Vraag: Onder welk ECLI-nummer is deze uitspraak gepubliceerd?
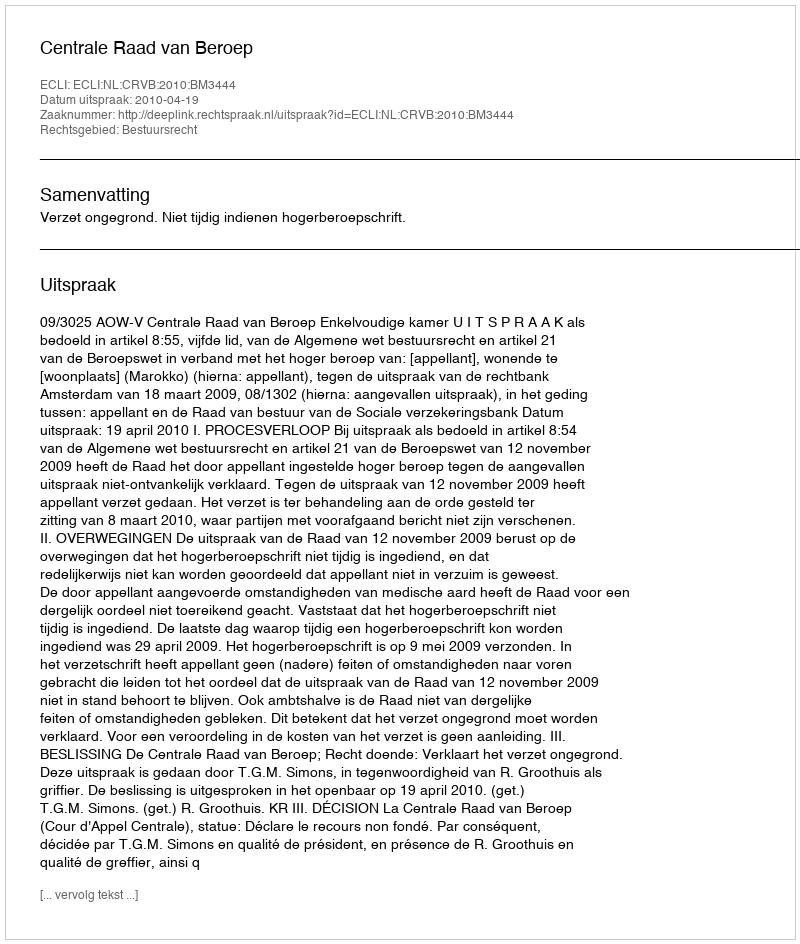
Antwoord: ECLI:NL:CRVB:2010:BM3444